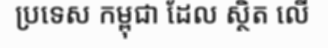
ប្រទេស កម្ពុជា ដែល ស្ថិត លើ